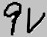
Text: 9V